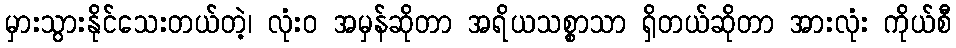
မှားသွားနိုင်သေးတယ်တဲ့၊ လုံးဝ အမှန်ဆိုတာ အရိယသစ္စာသာ ရှိတယ်ဆိုတာ အားလုံး ကိုယ်စီ